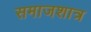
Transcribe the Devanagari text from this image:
समाजशात्र